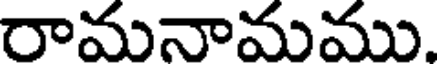
రామనామము.